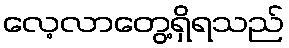
လေ့လာတွေ့ရှိရသည်